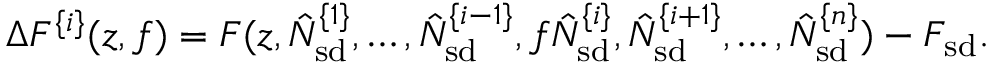
\Delta F ^ { \{ i \} } ( z , f ) = F ( z , \hat { N } _ { \mathrm { s d } } ^ { \{ 1 \} } , \ldots , \hat { N } _ { \mathrm { s d } } ^ { \{ i - 1 \} } , f \hat { N } _ { \mathrm { s d } } ^ { \{ i \} } , \hat { N } _ { \mathrm { s d } } ^ { \{ i + 1 \} } , \ldots , \hat { N } _ { \mathrm { s d } } ^ { \{ n \} } ) - F _ { \mathrm { s d } } .